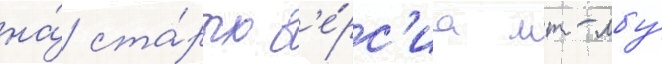
на́ ста́рых в'е́рс'иа мт-лбу́